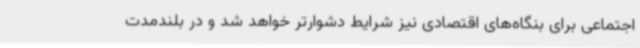
اجتماعی برای بنگاه‌های اقتصادی نیز شرایط دشوارتر خواهد شد و در بلندمدت